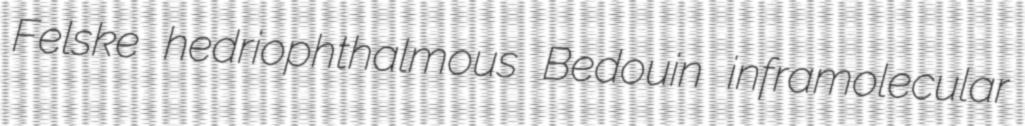
Felske hedriophthalmous Bedouin inframolecular